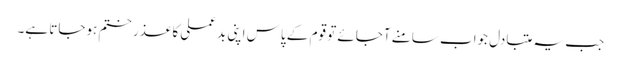
جب یہ متبادل جواب سامنے آجائے تو قوم کے پاس اپنی بدعملی کا عذر ختم ہوجاتا ہے۔